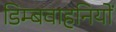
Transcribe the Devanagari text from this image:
डिम्बवाहनियों